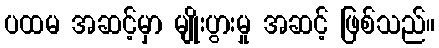
ပထမ အဆင့်မှာ မျိုးပွားမှု အဆင့် ဖြစ်သည်။